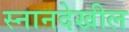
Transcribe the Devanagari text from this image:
स्नानदेखील